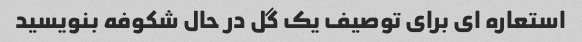
استعاره ای برای توصیف یک گل در حال شکوفه بنویسید